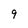
Character: 9